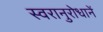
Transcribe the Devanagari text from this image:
स्वरानुरोधानें